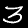
Label: 3